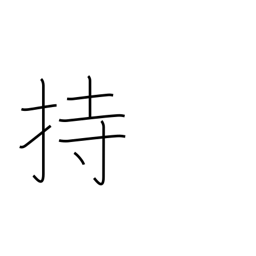
Meaning: have